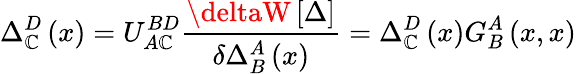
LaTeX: \Delta_{\mathbb{C}}^{D}\left(x\right)=U_{A\mathbb{C}}^{BD}\frac{{\deltaW\left[\Delta\right]}}{{\delta\Delta_{B}^{A}\left(x\right)}}=\Delta_{\mathbb{C}}^{D}\left(x\right)G_{B}^{A}\left(x,x\right)